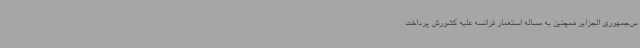
س‌جمهوری الجزایر همچنین به مساله استعمار فرانسه علیه کشورش پرداخت